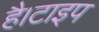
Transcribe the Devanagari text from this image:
है।टाइप